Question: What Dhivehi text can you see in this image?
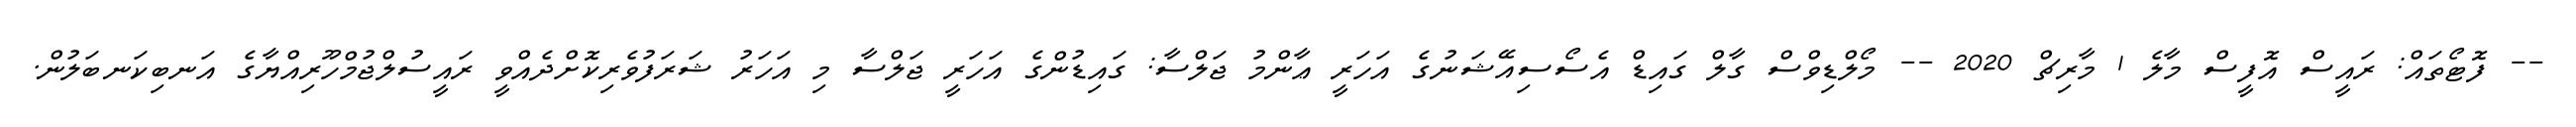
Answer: -- ފޮޓޯތައް: ރައީސް އޮފީސް މާލެ 1 މާރިޗް 2020 -- މޯލްޑިވްސް ގާލް ގައިޑް އެސޯސިއޭޝަނުގެ އަހަރީ ޢާންމު ޖަލްސާ: ގައިޑުންގެ އަހަރީ ޖަލްސާ މި އަހަރު ޝަރަފުވެރިކޮށްދެއްވީ ރައީސުލްޖުމްހޫރިއްޔާގެ އަނބިކަނބަލުން.